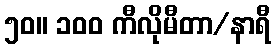
၅၀။ ၁၀၀ ကီလိုမီတာ/နာရီ